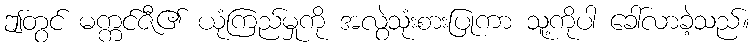
ဤတွင် မက္ကင်ဇီ၏ ယုံကြည်မှုကို အလွဲသုံးစားပြုကာ သူ့ကိုပါ ခေါ်လာခဲ့သည်။